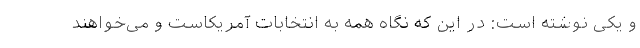
و یکی نوشته است: در این که نگاه همه به انتخابات آمریکاست و می‌خواهند